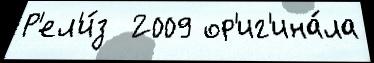
Р'ел'и́з  2009 ор'иг'ина́ла